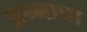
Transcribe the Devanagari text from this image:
अन्‍नाचा